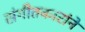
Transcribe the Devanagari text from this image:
संगीतकारांने